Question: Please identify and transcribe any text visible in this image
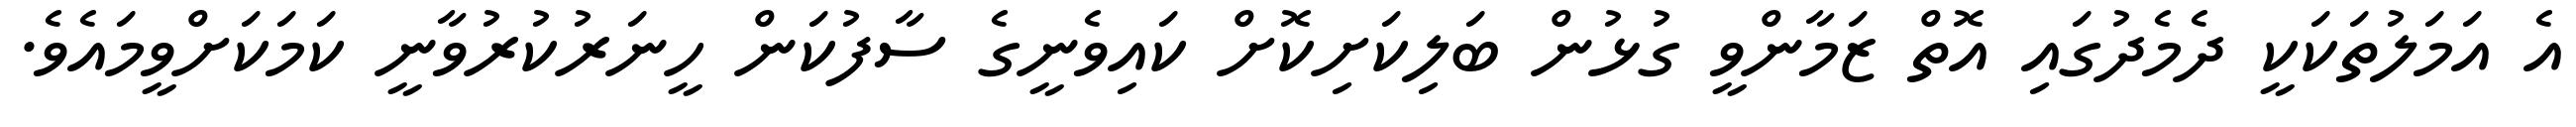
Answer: އެ އަމަލުތަކަކީ ދެމެދުގައި އޮތް ޒަމާންވީ ގުޅުން ބަލިކަށިކޮށް ކައިވެނީގެ ސާފުކަން ހީނަރުކުރުވާނީ ކަމަކަށްވީމައެވެ.